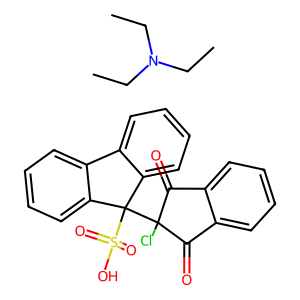
SMILES: CCN(CC)CC.O=C1c2ccccc2C(=O)C1(Cl)C1(S(=O)(=O)O)c2ccccc2-c2ccccc21
Inhibits HIV replication: No